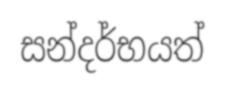
සන්දර්භයත්